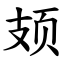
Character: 𫠆